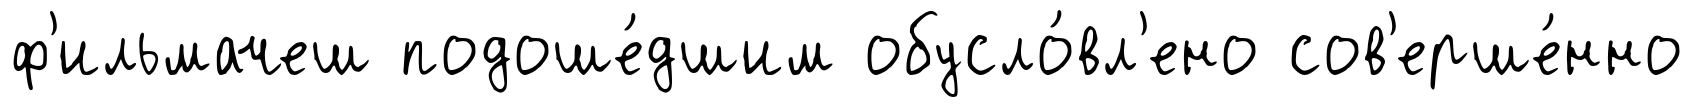
ф'ильмачеш подоше́дшим обусло́вл'ено сов'ерше́нно